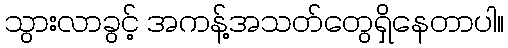
သွားလာခွင့် အကန့်အသတ်တွေရှိနေတာပါ။